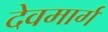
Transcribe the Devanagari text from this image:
देवमार्ग